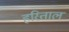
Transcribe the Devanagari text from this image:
हरिताल